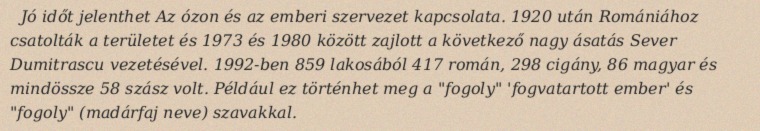
Jó időt jelenthet Az ózon és az emberi szervezet kapcsolata. 1920 után Romániához csatolták a területet és 1973 és 1980 között zajlott a következő nagy ásatás Sever Dumitrascu vezetésével. 1992-ben 859 lakosából 417 román, 298 cigány, 86 magyar és mindössze 58 szász volt. Például ez történhet meg a "fogoly" 'fogvatartott ember' és "fogoly" (madárfaj neve) szavakkal.